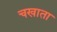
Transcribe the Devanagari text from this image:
चखाता